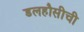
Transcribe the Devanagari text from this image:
डलहौसीची